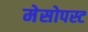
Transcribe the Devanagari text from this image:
मेसोपस्ट